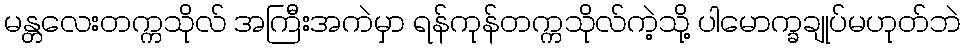
မန္တလေးတက္ကသိုလ် အကြီးအကဲမှာ ရန်ကုန်တက္ကသိုလ်ကဲ့သို့ ပါမောက္ခချုပ်မဟုတ်ဘဲ